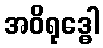
အဝိရုဒ္ဓေါ